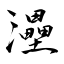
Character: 灅